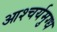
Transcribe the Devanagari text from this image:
आश्चर्यमुग्ध